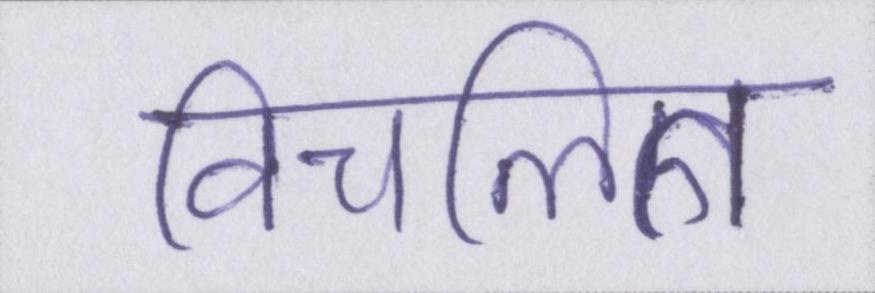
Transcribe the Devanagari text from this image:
विचलित